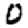
Digit: 0